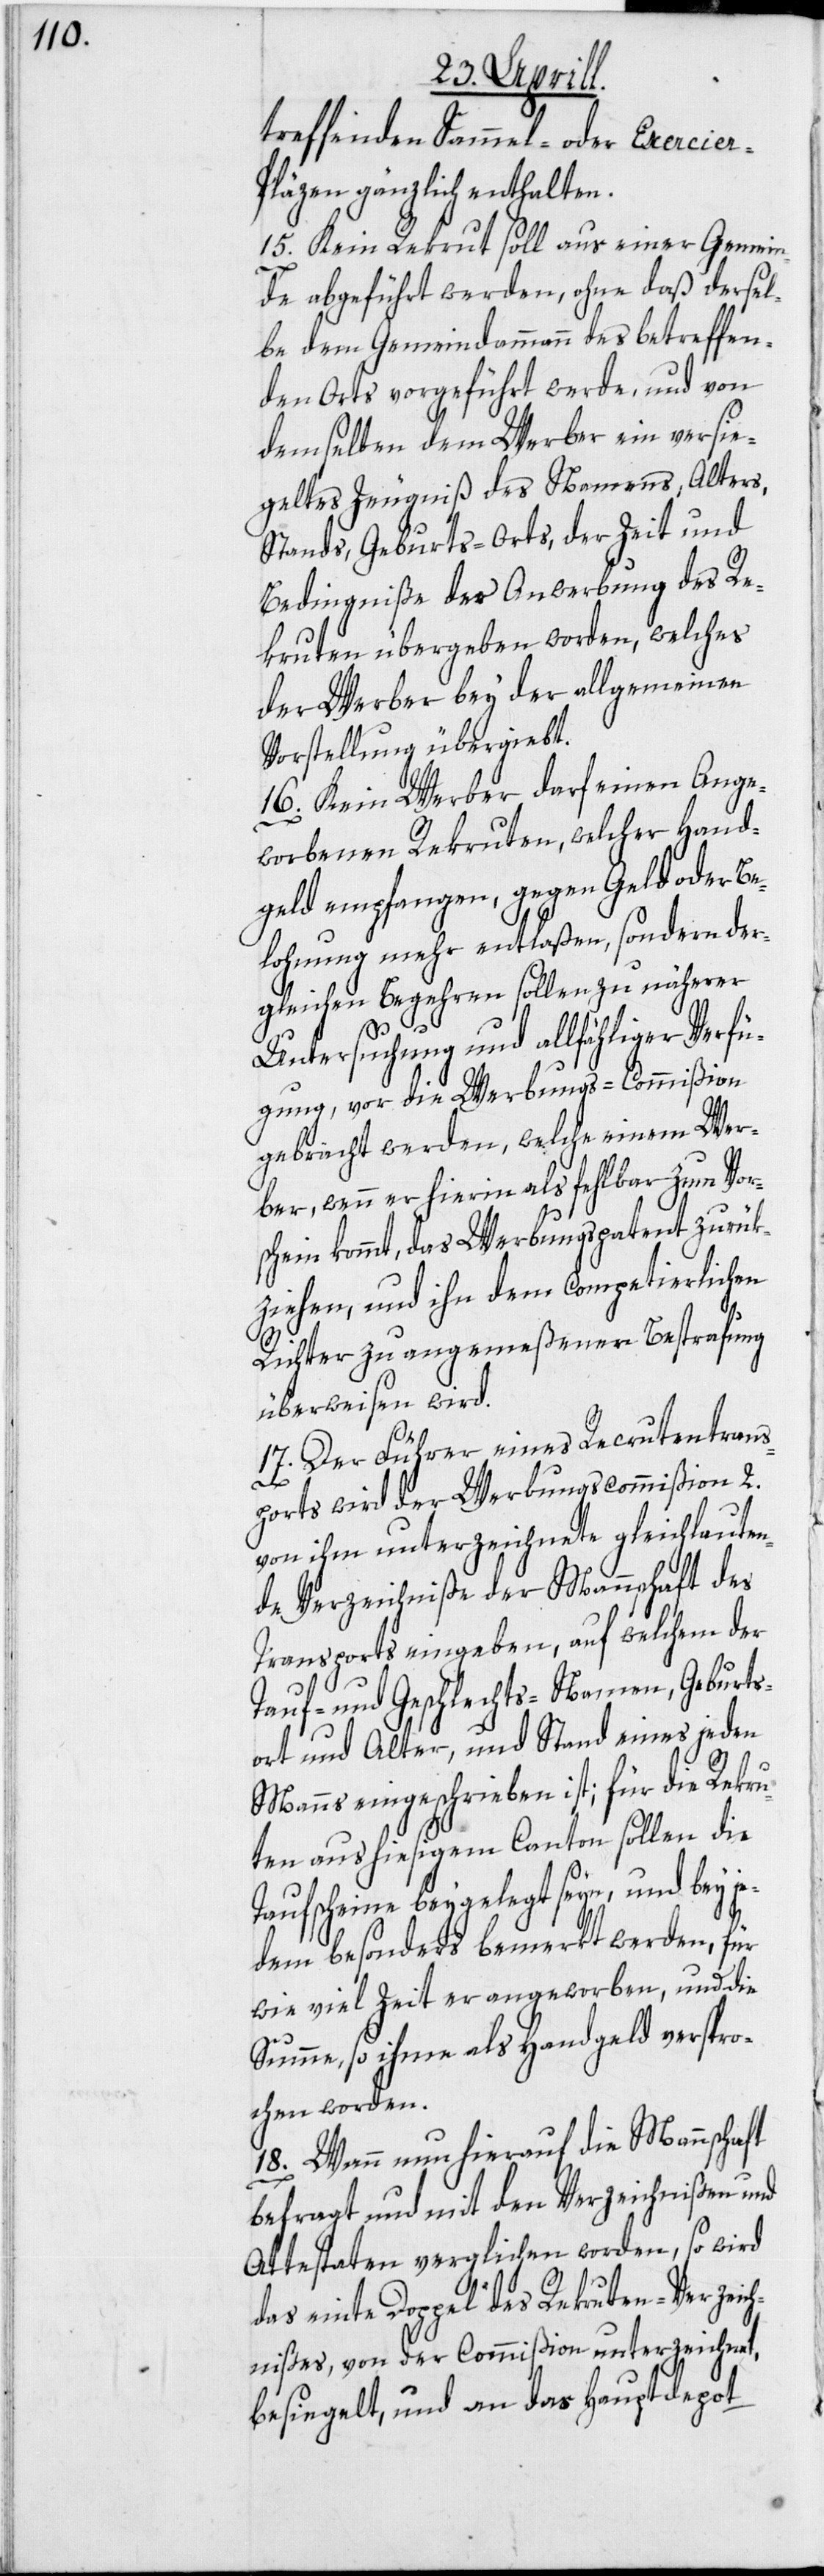
treffenden Sammel- oder Exercier-P¬
läzen gänzlich enthalten.
15. Kein Rekrut soll aus einer Gemein¬
de abgeführt werden, ohne daß dersel¬
be dem Gemeindammann des betreffen¬
den Orts vorgeführt werde, und von
demselben dem Werber ein versie¬
geltes Zeugniß des Namens, Alters,
Stands, Geburts-Orts, der Zeit und
Bedingniße der Anwerbung des Re¬
kruten übergeben worden, welches
der Werber bey der allgemeinen
Vorstellung übergiebt.
16. Kein Werber darf einen Ange¬
worbenen Rekruten, welcher Hand¬
geld empfangen, gegen Geld oder Be¬
lohnung mehr entlaßen, sondern der¬
gleichen Begehren sollen zu näherer
Untersuchung und allfähliger Verfü¬
gung, vor die Werbungs-Commißion
gebracht werden, welche einem Wer¬
ber, wenn er hierin als fehlbar zum Vor¬
schein kommt, das Werbungspatent zurük¬
ziehen, und ihn dem competierlichen
Richter zu angemeßener Bestrafung
überweisen wird.
17. Der Führer eines Recrutentrans¬
ports wird der Werbungscommißion 2.
von ihm unterzeichnete gleichlauten¬
de Verzeichniße der Mannschaft des
Transports eingeben, auf welchem der
Tauf- und Geschlechts-Namen, Geburts¬
ort und Alter, und Stand eines jeden
Manns eingeschrieben ist; für die Rekru¬
ten aus hiesigem Canton sollen die
Taufscheine beygelegt seyn, und bey je¬
dem besonders bemerkt werden, für
wie viel Zeit er angeworben, und die
Summe, so ihme als Handgeld verspro¬
chen worden.
18. Wenn nun hierauf die Mannschaft
befragt und mit den Verzeichnißen und
Attestaten verglichen worden, so wird
das einte Doppel des Rekruten-Verzeich¬
nißes, von der Commißion unterzeichnet,
besiegelt, und an das Hauptdepot